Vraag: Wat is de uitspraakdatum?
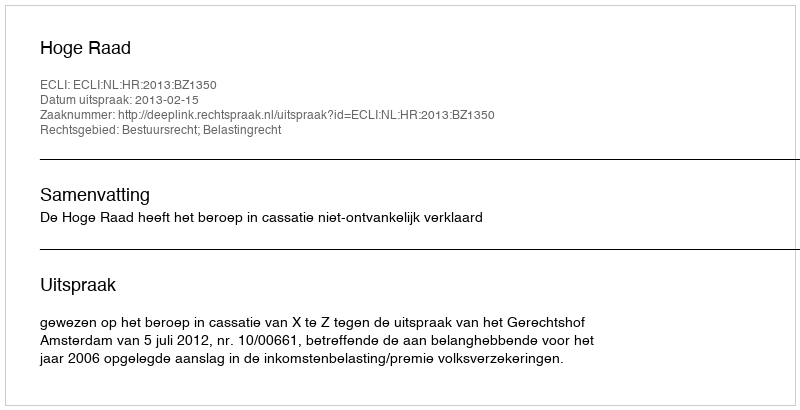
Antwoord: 2013-02-15